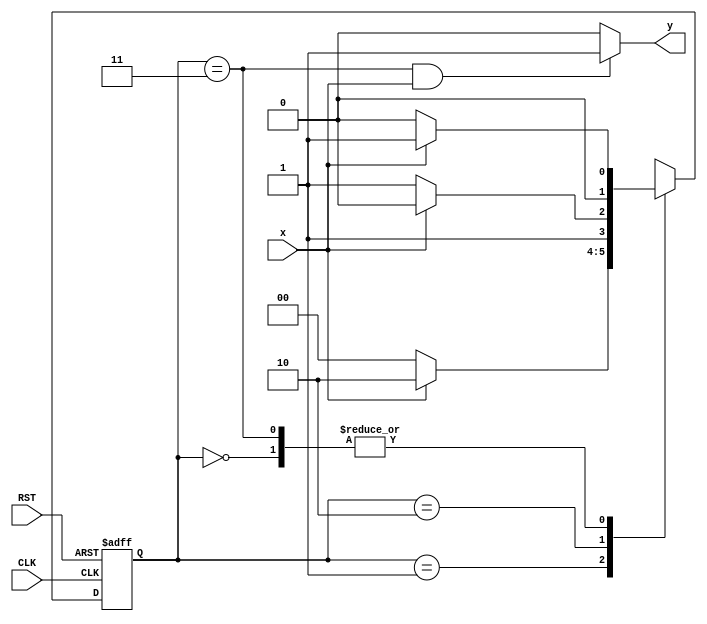
//Verilog code to detect 1101 pattern

module patt(x,y,CLK,RST);  
input x,CLK,RST;  
output y;  
reg y;  
reg [1:0] Prstate, Nxtstate;  
parameter S0 = 2'b00, S1 = 2'b01, S2 = 2'b10, S3 = 2'b11;   

always @ (posedge CLK or posedge RST)      
if (RST) 
Prstate <= S0;    
else 
Prstate <= Nxtstate;  
  
always @ (*)     
    case (Prstate)            						
	  S0: if (x == 1'b1) Nxtstate = S1; else Nxtstate=S0;            
	  S1: if (x == 1'b1) Nxtstate = S2; else Nxtstate=S0;            
 	  S2: if (x == 1'b0) Nxtstate = S3; else Nxtstate=S2;            
	  S3: if (x == 1'b1) Nxtstate = S1; else Nxtstate=S0;           
	endcase   

always @ (*)          
	  if (Prstate == S3 && x == 1) y = 1; 
	  else y = 0;  
//assign y = (Nxtstate == S3) && (x==1'b1);

      
endmodule